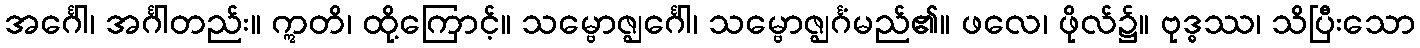
အင်္ဂေါ၊ အင်္ဂါတည်း။ ဣတိ၊ ထို့ကြောင့်။ သမ္ဗောဇ္ဈင်္ဂေါ၊ သမ္ဗောဇ္ဈင်္ဂံမည်၏။ ဖလေ၊ ဖိုလ်၌။ ဗုဒ္ဓဿ၊ သိပြီးသော